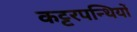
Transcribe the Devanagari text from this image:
कट्टरपन्थियों